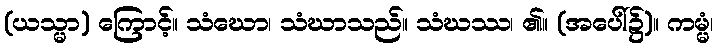
(ယသ္မာ) ကြောင့်။ သံဃော၊ သံဃာသည်။ သံဃဿ၊ ၏။ (အပေါ်၌)။ ကမ္မံ၊